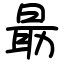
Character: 朂